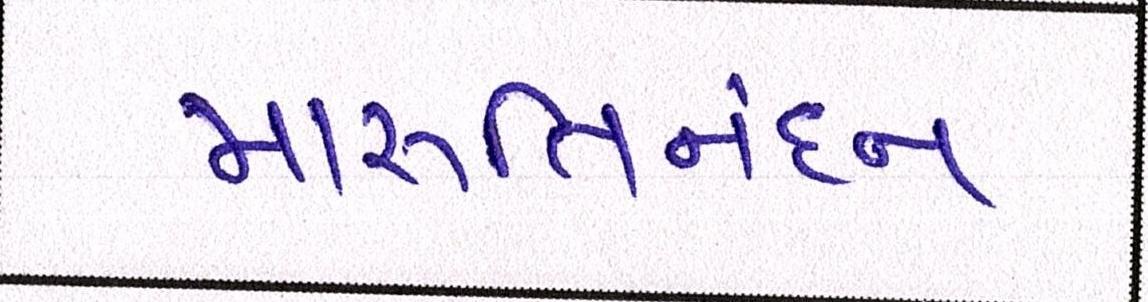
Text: મારૂતિનંદન